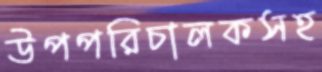
উপপরিচালকসহ